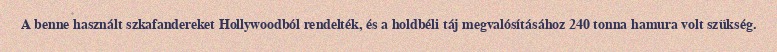
A benne használt szkafandereket Hollywoodból rendelték, és a holdbéli táj megvalósításához 240 tonna hamura volt szükség.